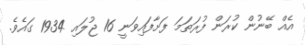
އެއް ބޭނުން ކުރަން ފުރަތަމަ ފަށާފައިވަނީ 16 ޖުލައި 1934 ގައެވެ.